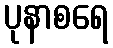
ပုနာစရေ